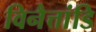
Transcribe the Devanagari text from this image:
विनैत्तांडि